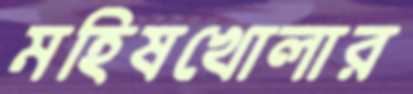
মহিষখোলার